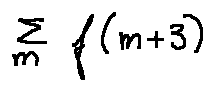
\sum \limits _ { m } f ( m + 3 )